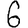
Digit: 6